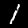
Label: 1